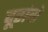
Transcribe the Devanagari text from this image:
दूरांतो